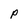
Character: P